Vaccination in Burma 1920-1933 - 1920-1933
Year: 1920
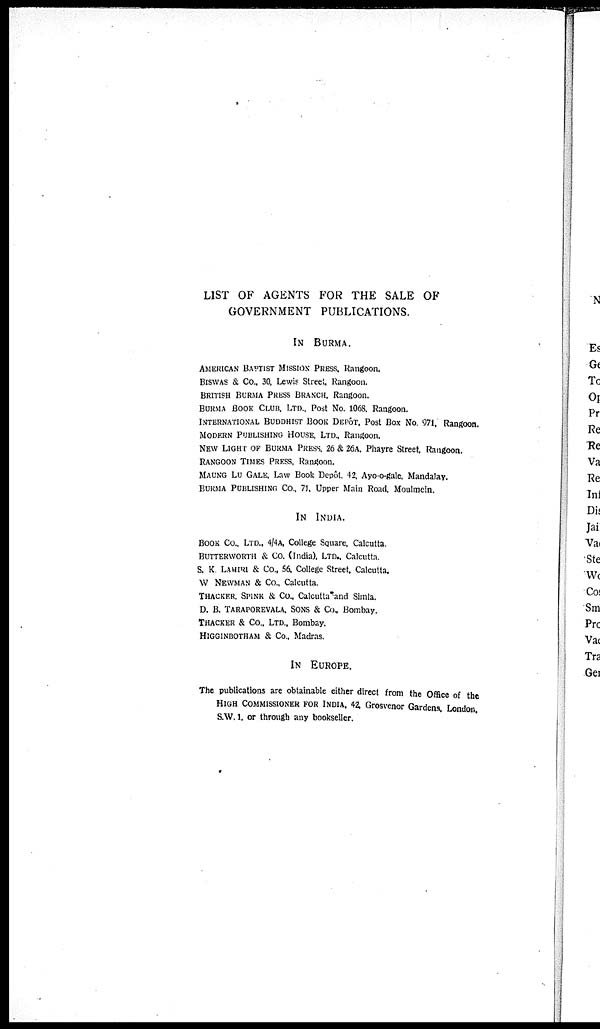
LIST OF AGENTS FOR THE SALE OF
GOVERNMENT PUBLICATIONS.
IN BURMA.
AMERICAN BAPTIST MISSION PRESS, Rangoon.
BISWAS & Co., 30, Lewis Street, Rangoon.
BRITISH BURMA PRESS BRANCH, Rangoon.
BURMA BOOK CLUB. LTD., Post No. 1068. Rangoon.
INTERNATIONAL BUDDHIST BOOK DEPÔT, Post Box No. 971, Rangoon.
MODERN PUBLISHING HOUSE, LTD, Rangoon.
NEW LIGHT OF BURMA PRESS. 26 & 26A, Phayre Street, Rangoon.
RANGOON TIMES PRESS, Rangoon.
MAUNG LU GALE, Law Book Depôt. 42, Ayo-o-gale, Mandalay.
BURMA PUBLISHING Co., 71, Upper Main Road, Moulmein.
IN INDIA.
BOOK Co., LTD., 4/4A. College Square, Calcutta.
BUTTERWORTH & Co. (India), LTD., Calcutta.
S. K LAHIRI & Co., 56, College Street. Calcutta.
W NEWMAN & Co., Calcutta.
THACKER. SPINK & Co., Calcutta and Simla.
D. B. TARAPOREVALA, SONS & Co., Bombay.
THACKER & Co., LTD., Bombay.
HIGGINBOTHAM & Co., Madras.
IN EUROPE.
The publications are obtainable either direct from the Office of the
HIGH COMMISSIONER FOR INDIA, 42, Grosvenor Gardens, London.
S.W. 1 . or through any bookseller.